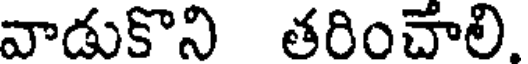
వాడుకొని తరించాలి.